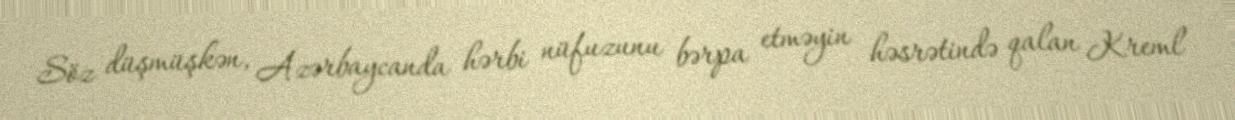
Söz düşmüşkən, Azərbaycanda hərbi nüfuzunu bərpa etməyin həsrətində qalan Kreml